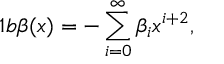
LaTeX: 1 b \beta ( x ) = - \sum _ { i = 0 } ^ { \infty } \beta _ { i } x ^ { i + 2 } ,